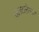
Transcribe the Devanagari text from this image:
उलटलेल्या